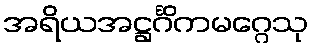
အရိယအဋ္ဌင်္ဂိကမဂ္ဂေသု